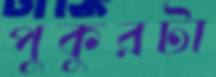
পুকুরটা